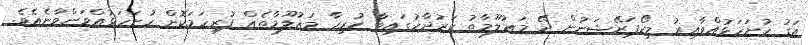
އަގު ހުށަހަޅުއްވާއިރު މިކޯޕަރޭޝަނުން ދޭ މަޢުލޫމާތު ކަރުދާހުގައިވާ ހުރިހާ މަޢުލޫމާތެއް ފުރިހަމަކޮށް ހުށަހަޅުއްވަންވާނެއެވެ.